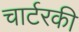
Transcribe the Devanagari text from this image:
चार्टरकी